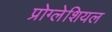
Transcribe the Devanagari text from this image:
प्रोग्लेशियल